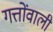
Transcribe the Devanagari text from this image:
गत्तोंवाली